Indian journal of veterinary science and animal husbandry - Volume 7,
Year: 1937
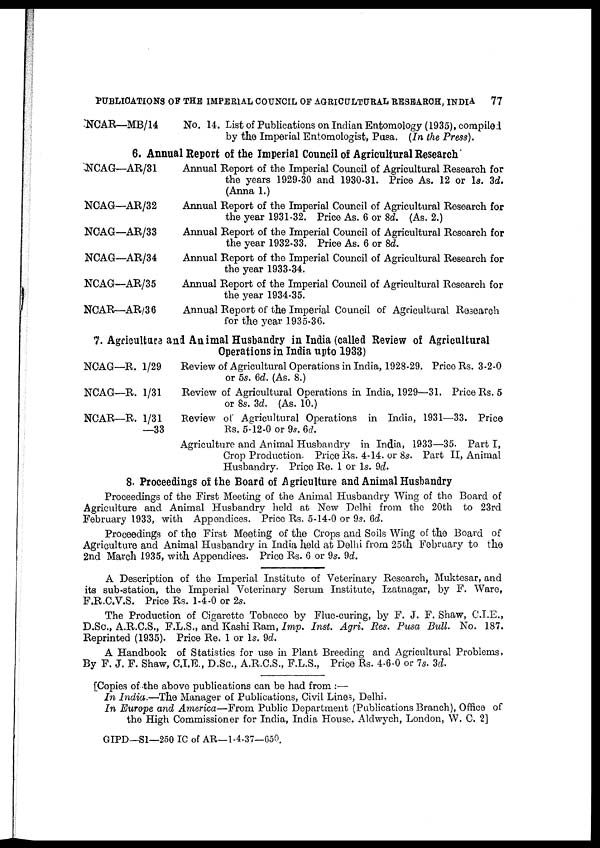
PUBLICATIONS OF THE IMPERIAL COUNCIL OF AGRICULTURAL RESEARCH, INDIA
77
NCAR—MB/14
No. 14. List of Publications on Indian Entomology (1935), compiled
by the Imperial Entomologist, Pusa. (In the Press).
6. Annual Report of the Imperial Council of Agricultural Research
NCAG—AR/31
NCAG—AR/32
NCAG—AR/33
NCAG—AR/34
NCAG—AR/35
NCAR—AR/36
Annual Report of the Imperial Council of Agricultural Research for
the years 1929-30 and 1930-31. Price As. 12 or 1s. 3d.
(Anna 1.)
Annual Report of the Imperial Council of Agricultural Research for
the year 1931-32. Price As. 6 or 8d. (As. 2.)
Annual Report of the Imperial Council of Agricultural Research for
the year 1932-33. Price As. 6 or 8d.
Annual Report of the Imperial Council of Agricultural Research for
the year 1933-34.
Annual Report of the Imperial Council of Agricultural Research for
the year 1934-35.
Annual Report of the Imperial Council of Agricultural Research
for the year 1935-36.
7. Agriculture and Animal Husbandry in India (called Review of Agricultural
Operations in India upto 1933)
NCAG—R. 1/29
NCAG—R. 1/31
NCAR—R. 1/31
—33
Review of Agricultural Operations in India, 1928-29. Price Rs. 3-2-0
or 5s. 6d. (As. 8.)
Review of Agricultural Operations in India, 1929—31. Price Rs. 5
or 8s. 3d. (As. 10.)
Review of Agricultural Operations in India, 1931—33. Price
Rs. 5-12-0 or 9s. 6d.
Agriculture and Animal Husbandry in India, 1933—35. Part I,
Crop Production. Price Rs. 4-14. or 8s. Part II, Animal
Husbandry. Price Re. 1 or 1s. 9d.
8. Proceedings of the Board of Agriculture and Animal Husbandry
Proceedings of the First Meeting of the Animal Husbandry Wing of the Board of
Agriculture and Animal Husbandry held at New Delhi from the 20th to 23rd
February 1933, with Appendices. Price Rs. 5-14-0 or 9s. 6d.
Proceedings of the First Meeting of the Crops and Soils Wing of the Board of
Agriculture and Animal Husbandry in India held at Delhi from 25th February to the
2nd March 1935, with Appendices. Price Rs. 6 or 9s. 9d.
A Description of the Imperial Institute of Veterinary Research, Muktesar, and
its sub-station, the Imperial Veterinary Serum Institute, Izatnagar, by F. Ware,
F.R.C.V.S. Price Rs. 1-4-0 or 2s.
The Production of Cigarette Tobacco by Flue-curing, by F. J. F. Shaw, C.I.E.,
D.Sc., A.R.C.S., F.L.S., and Kashi Ram, Imp. Inst. Agri. Res. Pusa Bull. No. 187.
Reprinted (1935). Price Re. 1 or 1s. 9d.
A Handbook of Statistics for use in Plant Breeding and Agricultural Problems,
By F. J. F. Shaw, C.I.E., D.Sc., A.R.C.S., F.L.S., Price Rs. 4-6-0 or 7s. 3d.
[Copies of the above publications can be had from :—
In India.—The Manager of Publications, Civil Lines, Delhi.
In Europe and America—From Public Department (Publications Branch), Office of
the High Commissioner for India, India House, Aldwych, London, W. C. 2]
GIPD—S1—250 IC of AR—1-4-37—650.